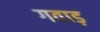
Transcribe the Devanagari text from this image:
गवाड़